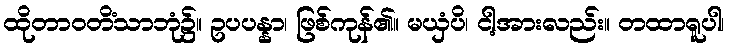
ထိုတာဝတိံသာဘုံ၌။ ဥပပန္နာ၊ ဖြစ်ကုန်၏။ မယှံပိ၊ ငါ့အားလည်း။ တထာရူပါ၊